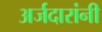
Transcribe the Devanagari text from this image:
अर्जदारांनी